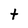
Character: t